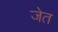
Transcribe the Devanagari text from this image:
जेत